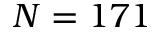
N = 1 7 1